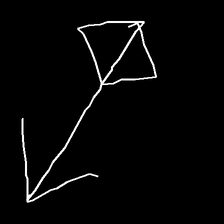
Glyph: focus